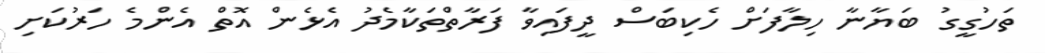
ތަހުގީގު ބަޔާނާ ހިލާފަށް ހެކިބަސް ދީފައިވާ ފަރާތްތަކާމެދު އެޅެން އޮތް އެންމެ ހަރުކަށި